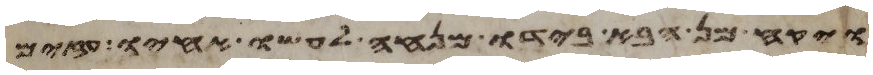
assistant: ויקח מן הבא בידו מנחה לעשו אחיו עזים